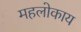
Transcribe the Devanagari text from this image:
महलोकाय